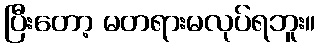
ပြီးတော့ မတရားမလုပ်ရဘူး။